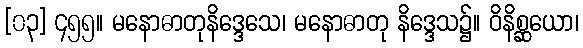
[၀၃] ၄၅၅။ မနောဓာတုနိဒ္ဒေသေ၊ မနောဓာတု နိဒ္ဒေသ၌။ ဝိနိစ္ဆယော၊